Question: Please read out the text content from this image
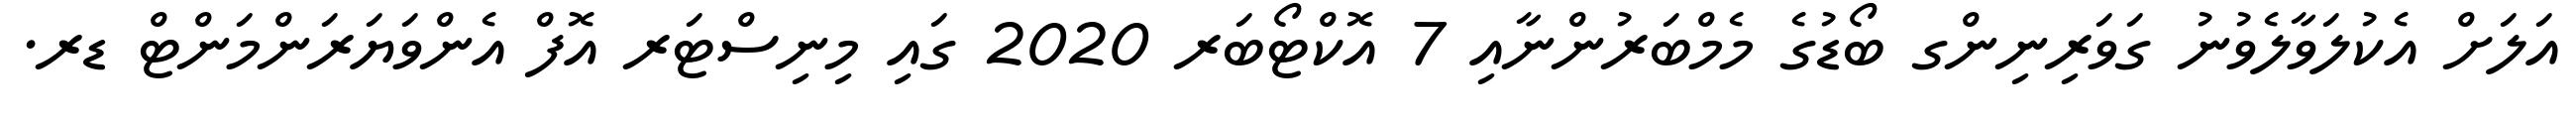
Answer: އަލަށް އެކުލަވާލެވުނު ގަވަރިނިންގ ބޯޑުގެ މެމްބަރުންނާއި 7 އޮކްޓޯބަރ 2020 ގައި މިނިސްޓަރ އޮފް އެންވަޔަރަންމަންޓް ޑރ.